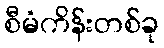
စီမံကိန်းတစ်ခု